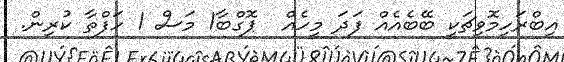
އިބްރަހިމޮވިޗަކީ ބޭބެއެއް ފަދަ މީހެއް  ޕޮގްބާ1 މަސް 1 ހަފްތާ ކުރިން.